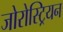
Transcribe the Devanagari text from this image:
जोरोस्ट्रियन